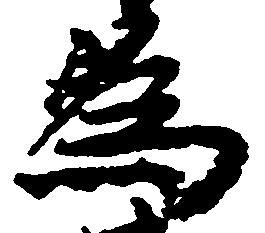
為